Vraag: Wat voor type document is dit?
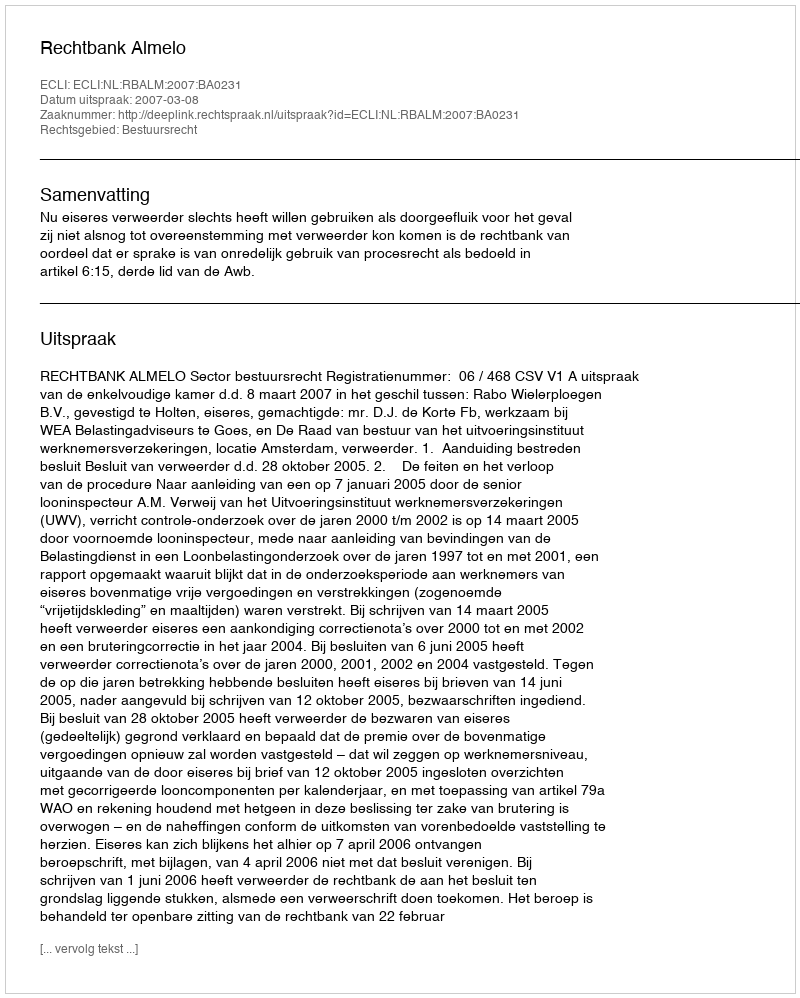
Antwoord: Uitspraak